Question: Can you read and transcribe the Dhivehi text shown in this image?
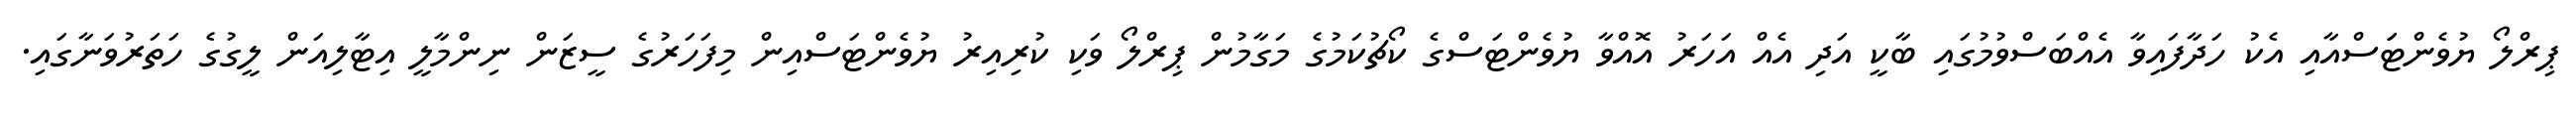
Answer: ޕިރްލޯ ޔުވެންޓަަސްއާއި އެކު ހަދާފައިވާ އެއްބަސްވުމުގައި ބާކީ އަދި އެއް އަހަރު އޮއްވާ ޔުވެންޓަސްގެ ކޯޗުކަމުގެ މަގާމުން ޕިރްލޯ ވަކި ކުރިއިރު ޔުވެންޓަސްއިން މިފަހަރުގެ ސީޒަން ނިންމާލީ އިޓާލިއަން ލީގުގެ ހަތަރުވަނާގައި.